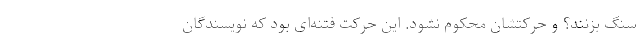
سنگ بزنند؟ و حرکتشان محکوم نشود. این حرکت فتنه‌ای بود که نویسندگان